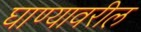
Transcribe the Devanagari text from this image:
घाण्यावरील